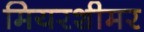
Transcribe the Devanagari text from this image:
मियरशीमर